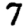
Digit: 7